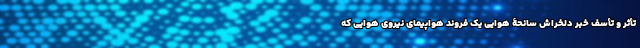
تأثر و تأسف خبر دلخراش سانحۀ هوایی یک فروند هواپیمای نیروی هوایی که